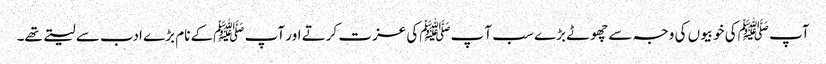
آپ ﷺکی خوبیوں کی وجہ سے چھوٹے بڑے سب آ پﷺکی عزت کرتے اور آپ ﷺکے نام بڑے ادب سے لیتے تھے۔